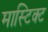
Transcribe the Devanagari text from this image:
मास्टिक्ट